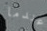
عندما